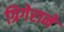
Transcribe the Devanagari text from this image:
ग्रिगेराने